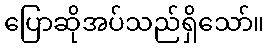
ပြောဆိုအပ်သည်ရှိသော်။